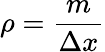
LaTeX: \rho={\frac{m}{\Delta x}}